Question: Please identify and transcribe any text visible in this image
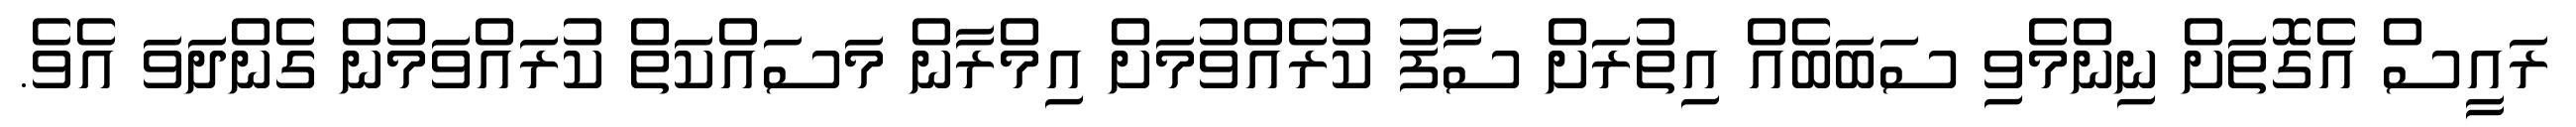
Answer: ރައީސް އެގޮތަށް ނިންމެވި ސަބަބެއް އިތުރަށް ސާފު ކުރެއްވުމަށް އިމްރާން މަސައްކަތް ކުރައްވަމުން ގެންދަވަ އެވެ.